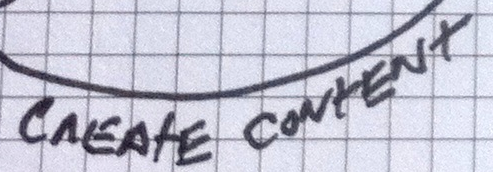
CrEAtE CONtENt